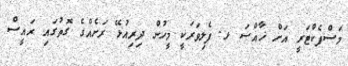
މަސްފެކްޓަރީ އަށް ޚާއްސަ ޅ. ފެލިވަރަކީ މީހުން ދިރިއުޅޭ ރަށެއްގެ ގޮތުގައި ރައީސް